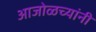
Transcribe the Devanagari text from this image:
आजोळच्यांनी